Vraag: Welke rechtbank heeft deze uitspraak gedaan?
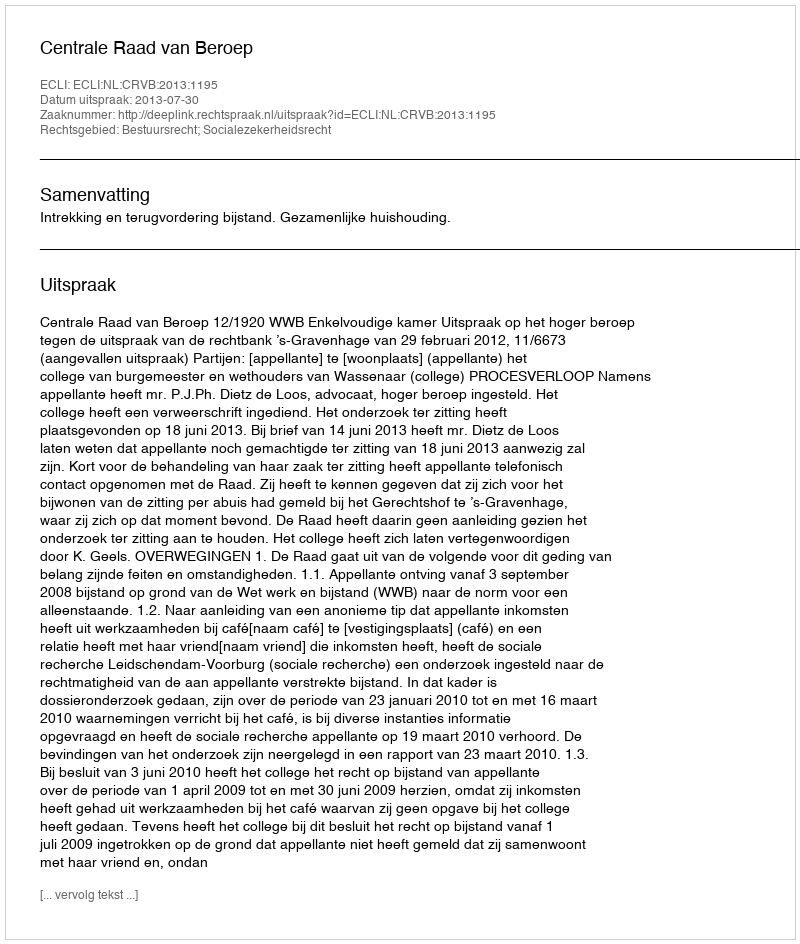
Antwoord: Centrale Raad van Beroep